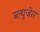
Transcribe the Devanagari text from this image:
ब्ल्यूजेस